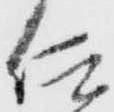
仰